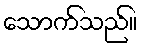
သောက်သည်။